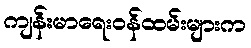
ကျန်းမာရေးဝန်ထမ်းများက